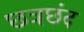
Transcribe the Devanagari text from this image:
छत्रछंद